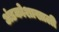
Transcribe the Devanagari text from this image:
अंडकोशाखाली